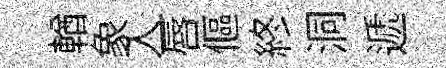
輶象入一唇傴終洞遞